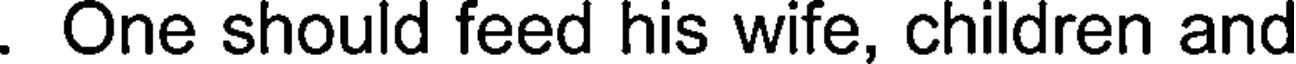
. One should feed his wife, children and